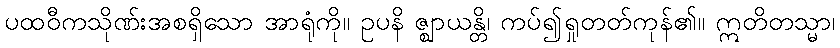
ပထဝီကသိုဏ်းအစရှိသော အာရုံကို။ ဥပနိ ဇ္ဈာယန္တိ၊ ကပ်၍ရှုတတ်ကုန်၏။ ဣတိတသ္မာ၊